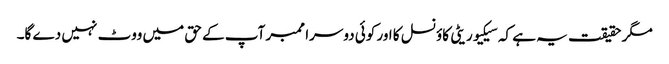
مگر حقیقت یہ ہے کہ سیکیوریٹی کاؤنسل کا اور کوئی دوسرا ممبر آپ کے حق میں ووٹ نہیں دے گا۔